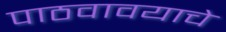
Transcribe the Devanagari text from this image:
पाठवावयाचे